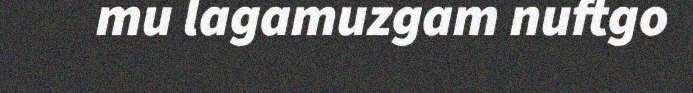
mu lagamuzgam nuftgo